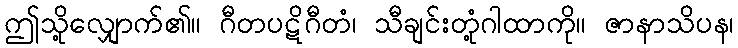
ဤသို့လျှောက်၏။ ဂီတပဋိဂီတံ၊ သီချင်းတုံ့ဂါထာကို။ ဇာနာသိပန၊